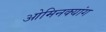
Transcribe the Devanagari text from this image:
ओमिनक्यांग